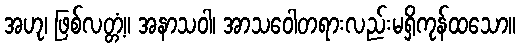
အဟု၊ ဖြစ်လတ္တံ့။ အနာသဝါ၊ အာသဝေါတရားလည်းမရှိကုန်ထသော။